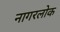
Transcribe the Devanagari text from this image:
नागरलोक